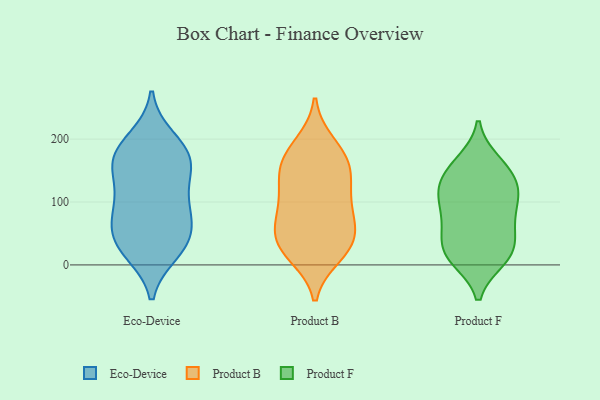
{"axis": {"x": "Energy Usage (MWh)", "y": "Value"}, "legend": ["Eco-Device", "Product B", "Product F"], "data": [{"x": "", "y": 33, "type": "Eco-Device"}, {"x": "", "y": 170, "type": "Eco-Device"}, {"x": "", "y": 187, "type": "Eco-Device"}, {"x": "", "y": 61, "type": "Eco-Device"}, {"x": "", "y": 93, "type": "Eco-Device"}, {"x": "", "y": 70, "type": "Eco-Device"}, {"x": "", "y": 35, "type": "Eco-Device"}, {"x": "", "y": 200, "type": "Eco-Device"}, {"x": "", "y": 28, "type": "Eco-Device"}, {"x": "", "y": 170, "type": "Eco-Device"}, {"x": "", "y": 135, "type": "Eco-Device"}, {"x": "", "y": 107, "type": "Eco-Device"}, {"x": "", "y": 163, "type": "Eco-Device"}, {"x": "", "y": 21, "type": "Eco-Device"}, {"x": "", "y": 85, "type": "Eco-Device"}, {"x": "", "y": 157, "type": "Eco-Device"}, {"x": "", "y": 162, "type": "Product B"}, {"x": "", "y": 155, "type": "Product B"}, {"x": "", "y": 191, "type": "Product B"}, {"x": "", "y": 17, "type": "Product B"}, {"x": "", "y": 177, "type": "Product B"}, {"x": "", "y": 88, "type": "Product B"}, {"x": "", "y": 119, "type": "Product B"}, {"x": "", "y": 47, "type": "Product B"}, {"x": "", "y": 74, "type": "Product B"}, {"x": "", "y": 31, "type": "Product B"}, {"x": "", "y": 29, "type": "Product B"}, {"x": "", "y": 149, "type": "Product B"}, {"x": "", "y": 117, "type": "Product B"}, {"x": "", "y": 32, "type": "Product B"}, {"x": "", "y": 73, "type": "Product B"}, {"x": "", "y": 115, "type": "Product F"}, {"x": "", "y": 154, "type": "Product F"}, {"x": "", "y": 121, "type": "Product F"}, {"x": "", "y": 10, "type": "Product F"}, {"x": "", "y": 151, "type": "Product F"}, {"x": "", "y": 71, "type": "Product F"}, {"x": "", "y": 163, "type": "Product F"}, {"x": "", "y": 60, "type": "Product F"}, {"x": "", "y": 67, "type": "Product F"}, {"x": "", "y": 24, "type": "Product F"}, {"x": "", "y": 29, "type": "Product F"}, {"x": "", "y": 12, "type": "Product F"}, {"x": "", "y": 106, "type": "Product F"}, {"x": "", "y": 128, "type": "Product F"}, {"x": "", "y": 18, "type": "Product F"}, {"x": "", "y": 100, "type": "Product F"}]}